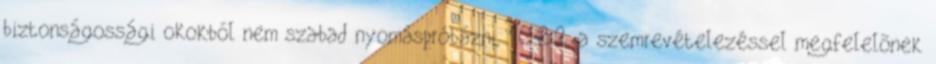
biztonságossági okokból nem szabad nyomáspróbázni, 10.2.2. a szemrevételezéssel megfelelõnek